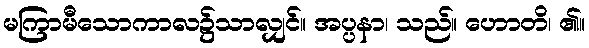
မကြာမီသောကာလ၌သာလျှင်။ အပ္ပနာ၊ သည်။ ဟောတိ၊ ၏။